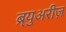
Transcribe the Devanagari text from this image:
ब्र्युअरीज़